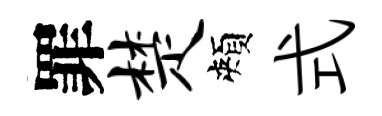
罪楚頰式